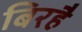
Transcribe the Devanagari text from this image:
बिरहै